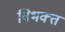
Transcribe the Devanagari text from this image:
विभक्‍त